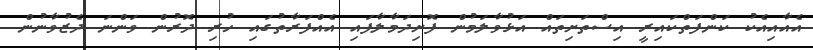
އެއާއިއެކު ކަންފަތްކައިރީ އިސްތަށިތައް އަޅުވާލަމުން ފޮށިދަމާލާފައި އެއްފަރާތުގައި ހުރި ދޮރުން ވަންނަ ދެޒުވާނުން